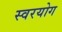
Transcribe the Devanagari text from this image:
स्वरयोग